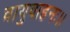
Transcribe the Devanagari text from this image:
वायुवाहनः।।